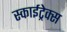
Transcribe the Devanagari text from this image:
स्काईट्रेक्स